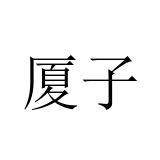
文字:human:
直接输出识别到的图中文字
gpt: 厦子